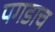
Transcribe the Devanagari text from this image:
पगडाच